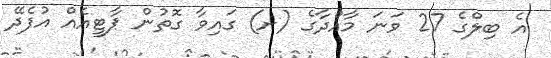
އެ ބިލްގެ 27 ވަނަ މާއްދާގެ (ށ) ގައިވާ ގޮތުން ޕާޓީއެއް އުފެދޭ